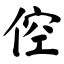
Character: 倥